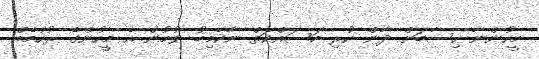
މީހުންނާ ހިސާބަށް ދާން ކުރި މަސައްކަތް ނާކާމިބު ވުމުން އެ މީހުންގެ ރުހުމެއް